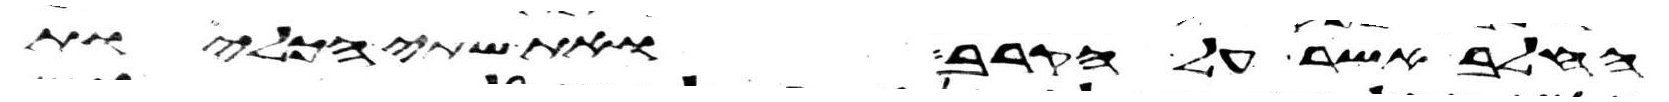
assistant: החלב אשר על הקרב ואת שתי הכליות